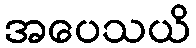
အပေသယိ